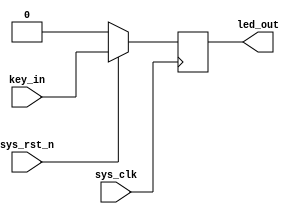
`timescale  1ns/1ns
////////////////////////////////////////////////////////////////////////
// Module Name   : flip_flop
// Project Name  : flip_flop
// Target Devices: Altera EP4CE10F17C8N
// Tool Versions : Quartus 13.0
// Description   : 
//
// Revision      : V1.0
// Additional Comments:
// 
// : _Pro_FPGA
//     : http://www.embedfire.com
//     : http://www.firebbs.cn
//     : https://fire-stm32.taobao.com
////////////////////////////////////////////////////////////////////////

module  flip_flop
(
    input   wire    sys_clk     ,   //50Mhz
    input   wire    sys_rst_n   ,   //
    input   wire    key_in      ,   //

    output  reg     led_out         //led
);

//********************************************************************//
//***************************** Main Code ****************************//
//********************************************************************//
//
//led_out:ledkey_in
always@(posedge sys_clk)    //alwayssys_clk
    if(sys_rst_n == 1'b0)   //sys_rst_nsys_clksys_rst_n
        led_out <= 1'b0;    //0<=
    else
        led_out <= key_in;

/*
//
//led_out:ledkey_in
always@(posedge sys_clk or negedge sys_rst_n) //alwayssys_clksys_rst_n
    if(sys_rst_n == 1'b0)                     //sys_rst_nsys_rst_nsys_clk
        led_out <= 1'b0;
    else
        led_out <= key_in;
 */

endmodule